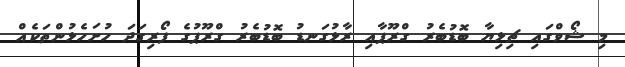
މި ޝޯވްގައި ޗިޅިޔާ ބޮޑުބެރު ގްރޫޕާއި ރާޅުގަނޑު ބޮޑުބެރު ގްރޫޕުގެ ފޯރިގަދަ ހުށަހެޅުންތަކެއް